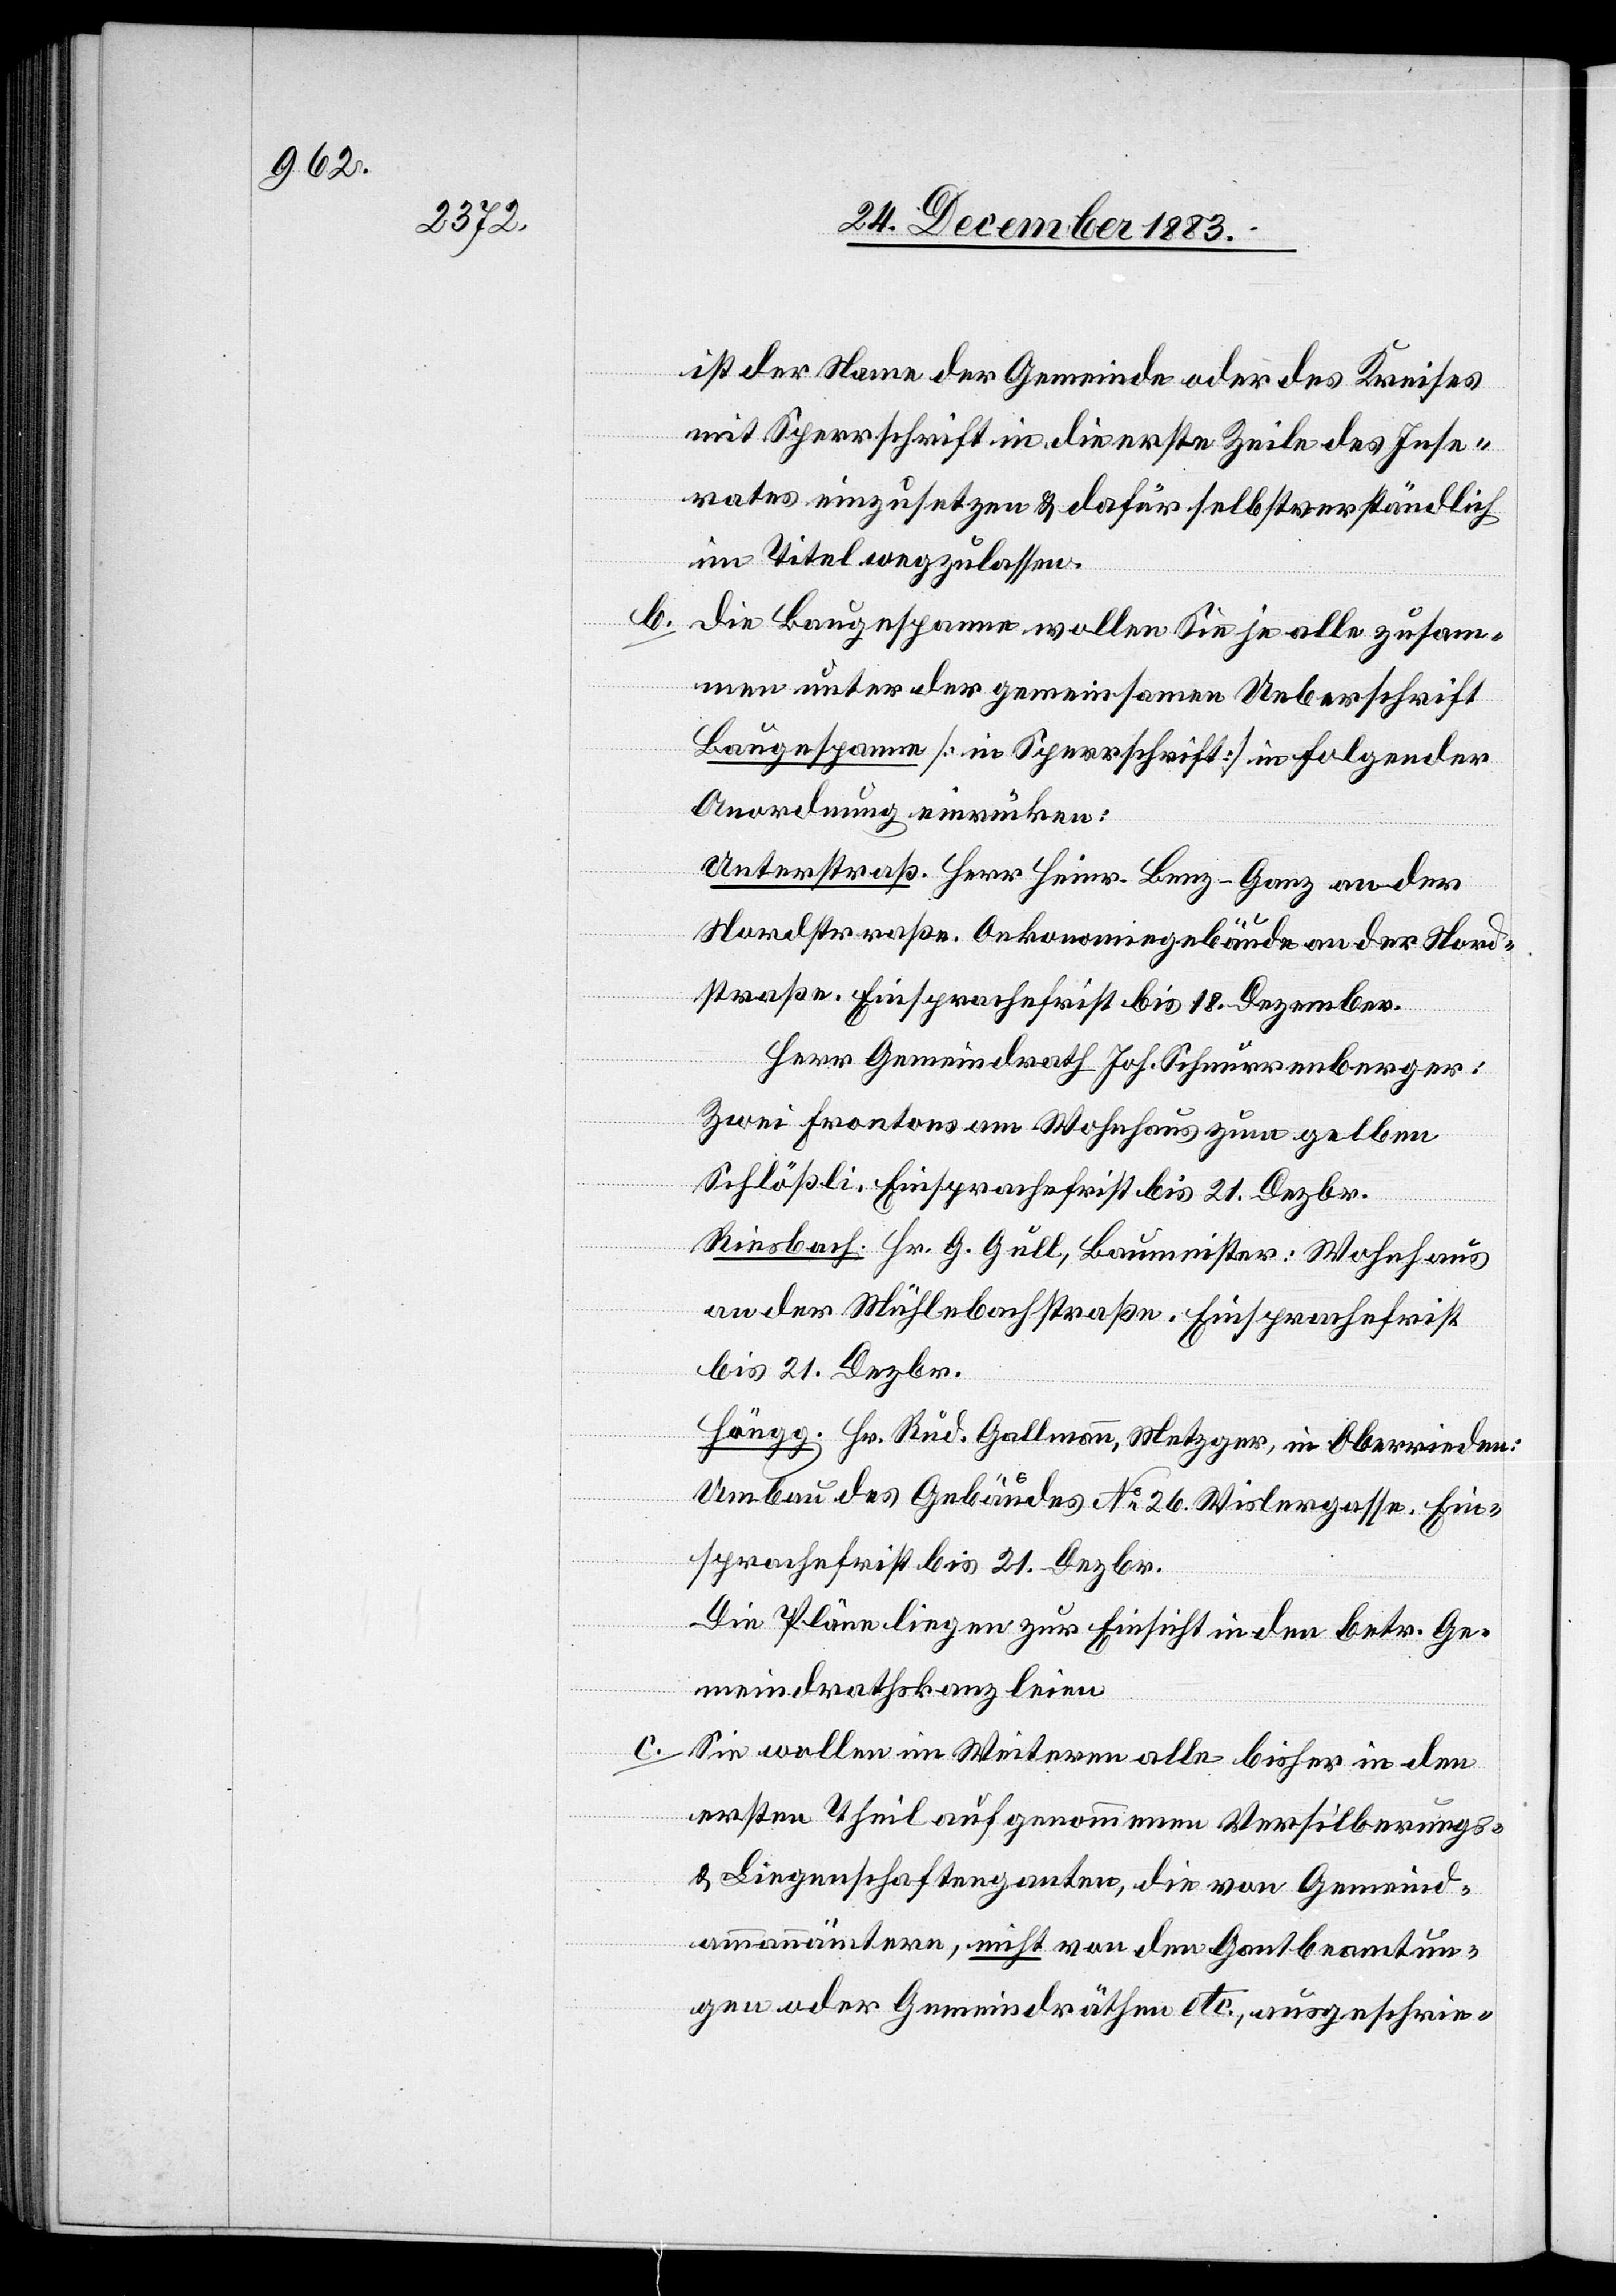
ist der Name der Gemeinde oder des Kreises
mit Sperrschrift in die erste Zeile des Inse¬
rates einzusetzen & dafür selbstverständlich
im Titel wegzulassen.
b. die Baugespanne wollen Sie je alle zusam¬
men unter der gemeinsamen Ueberschrift
Baugespanne [in Sperrschrift] in folgender
Anordnung einrücken:
Unterstraß. Herr Heinr. Benz-Ganz an der
Nordstraße. Oekonomiegebäude an der Nord¬
straße. Einsprachefrist bis 18. Dezember.
Herr Gemeindrath Joh. Schnurrenberger:
Zwei Frontons am Wohnhaus zum gelben
Schlößli. Einsprachefrist bis 21. Dezbr.
Riesbach. Hr. G. Gull, Baumeister: Wohnhaus
an der Mühlebachstraße. Einsprachefrist
bis 21. Dezbr.
Höngg. Hr. Rud. Gallmann, Metzger, in Oberrieden:
Umbau des Gebäudes No 26. Wislergasse. Ein¬
sprachefrist bis 21. Dezbr.
Die Pläne liegen zur Einsicht in den betr. Ge¬
meindrathskanzleien.
c. Wir wollen im Weitern alle bisher in den
ersten Theil aufgenommenen Versilberungs-
& Liegenschaftenganten, die von Gemeind¬
ammannämtern, nicht von den Gantbeamtun¬
gen oder Gemeindräthen etc., ausgeschrie-